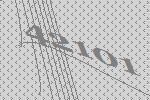
42101